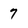
Character: 7